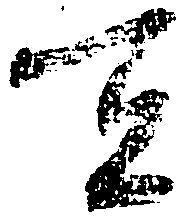
宜